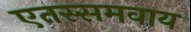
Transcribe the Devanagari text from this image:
एतस्समवाय